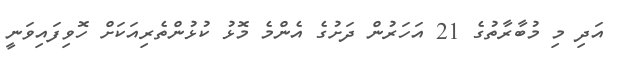
އަދި މި މުބާރާތުގެ 21 އަހަރުން ދަށުގެ އެންމެ މޮޅު ކުޅުންތެރިއަކަށް ހޮވިފައިވަނީ